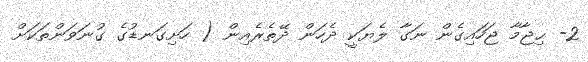
2- ޙިޖާމާ ޖަހައިގެން ނަގާ ލެޔަކީ ދެހަން ދޭތެރެއިން ( ހަށިގަނޑުގެ ގުނަވަަންތަކަށް